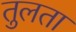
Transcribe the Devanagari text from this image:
तुलता